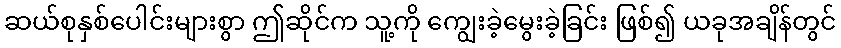
ဆယ်စုနှစ်ပေါင်းများစွာ ဤဆိုင်က သူ့ကို ကျွေးခဲ့မွေးခဲ့ခြင်း ဖြစ်၍ ယခုအချိန်တွင်